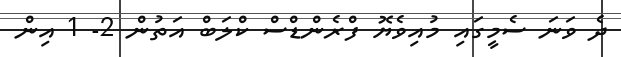
ދެ ވަނަ ސެމީގައި މުއިވެޔޮ ފްރެންޑްސް ކްލަބް އަތުން 2- 1 އިން